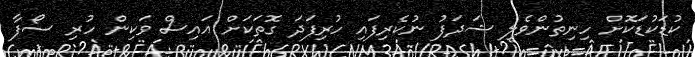
ކުޑަކުޑަކޮށް ހިނިތުންވެލި ޝަދަފު ނުކެރިފައި ހުރިފަދަ ގޮތަކަށް އައިސް ވަކިން ހުރި ސޯފާ